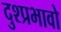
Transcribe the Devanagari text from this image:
दुश्प्रभावो